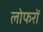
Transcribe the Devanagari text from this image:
लोफरों